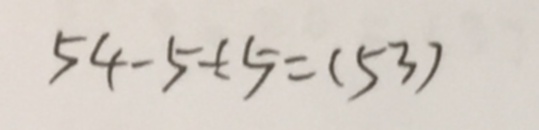
5 4 - 5 \div 5 = ( 5 3 )